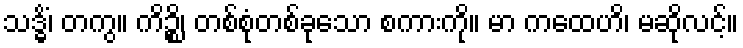
သဒ္ဓိံ၊ တကွ။ ကိဉ္စိ၊ တစ်စုံတစ်ခုသော စကားကို။ မာ ကထေဟိ၊ မဆိုလင့်။